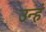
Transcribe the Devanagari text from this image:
उन्हं